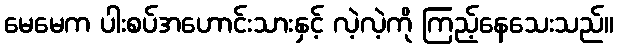
မေမေက ပါးစပ်အဟောင်းသားနှင့် လဲ့လဲ့ကို ကြည့်နေသေးသည်။